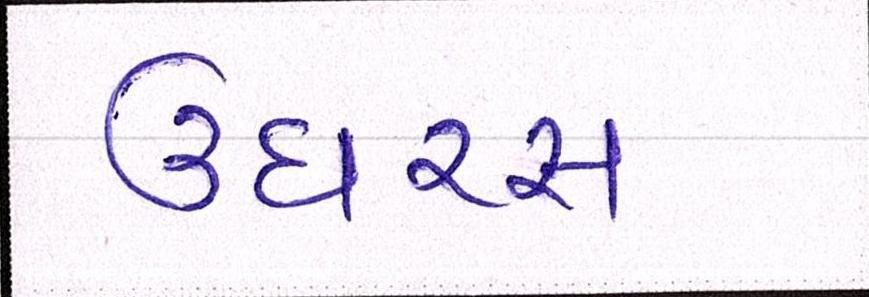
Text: ઉઘરસ